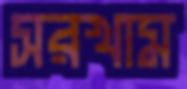
সরখাম